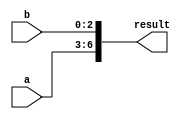
module Concatenation_example (
    input [3:0] a,
    input [2:0] b,
    output [6:0] result
);

assign result = {a, b};

endmodule